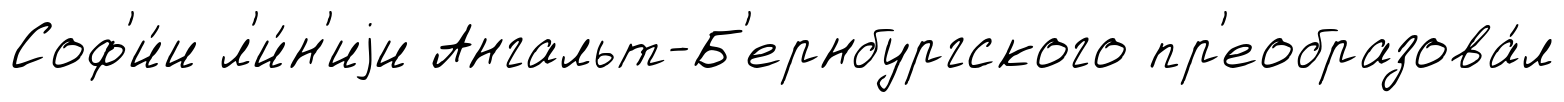
Соф'и́и л'и́н'иjи Ангальт-Б'ернбургского пр'еобразова́л